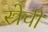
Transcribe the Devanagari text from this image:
स्त्रेची